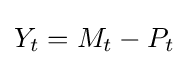
Y_{t}=M_{t}-P_{t}